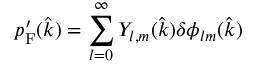
p _ { \mathrm { { F } } } ^ { \prime } ( { \hat { k } } ) = \sum _ { l = 0 } ^ { \infty } Y _ { l , m } ( { \hat { k } } ) \delta \phi _ { l m } ( { \hat { k } } )